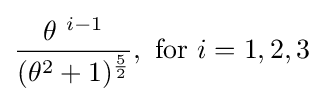
{\frac {\theta ^{~i-1}}{(\theta ^{2}+1)^{\frac {5}{2}}}},{\text{ for }}i=1,2,3